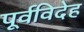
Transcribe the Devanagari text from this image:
पूर्वविदेह